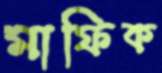
মাফিক